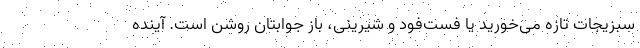
سبزیجات تازه می‌خورید یا فست‌فود و شیرینی، باز جوابتان روشن است. آینده